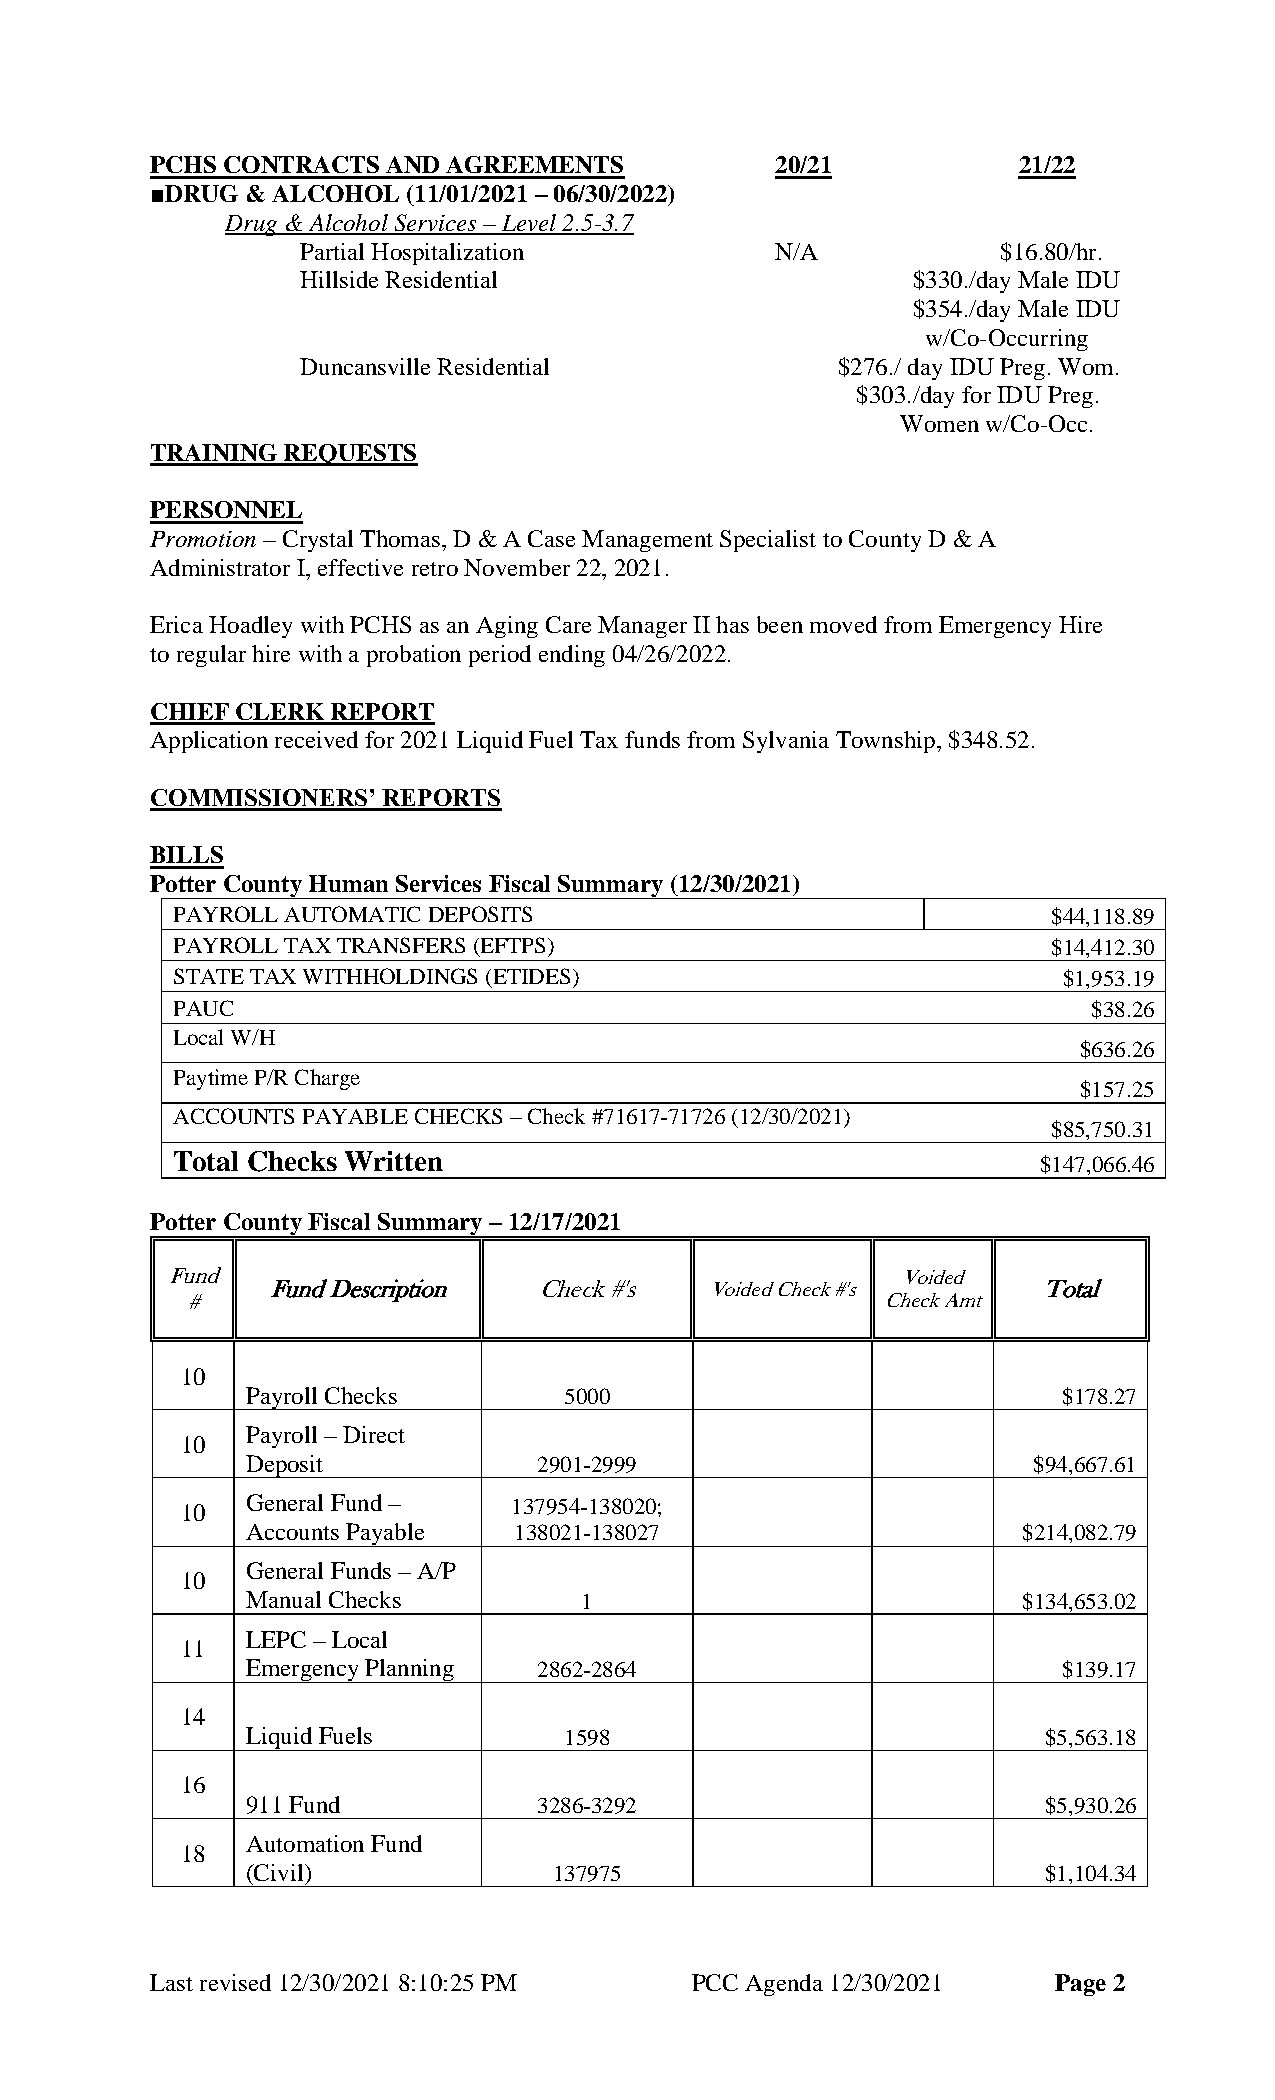
PCHS CONTRACTS  AND AGREEMENTS           20/21           21/22
 ■DRUG & ALCOHOL  (11/01/2021 – 06/30/2022)
 Drug & Alcohol Services – Level 2.5-3.7
 Partial Hospitalization        N/A            $16.80/hr.
 Hillside Residential                    $330./day Male IDU
 $354./day Male IDU
 w/Co-Occurring
 Duncansville Residential           $276./ day IDU Preg. Wom.
 $303./day for IDU Preg.
 Women w/Co-Occ.
 TRAINING REQUESTS
 PERSONNEL
 Promotion – Crystal Thomas, D & A Case Management Specialist to County D & A
 Administrator I, effective retro November 22, 2021.
 Erica Hoadley with PCHS as an Aging Care Manager II has been moved from Emergency Hire
 to regular hire with a probation period ending 04/26/2022.
 CHIEF CLERK REPORT
 Application received for 2021 Liquid Fuel Tax funds from Sylvania Township, $348.52.
 COMMISSIONERS’ REPORTS
 BILLS
 Potter County Human Services Fiscal Summary (12/30/2021)
 PAYROLL AUTOMATIC DEPOSITS                                 $44,118.89
 PAYROLL TAX TRANSFERS (EFTPS)                              $14,412.30
 STATE TAX WITHHOLDINGS (ETIDES)                            $1,953.19
 PAUC                                                         $38.26
 Local W/H
 $636.26
 Paytime P/R Charge
 $157.25
 ACCOUNTS PAYABLE CHECKS – Check #71617-71726 (12/30/2021)
 $85,750.31
 Total Checks Written
 $147,066.46
 Potter County Fiscal Summary – 12/17/2021
 Fund                                             Voided
 Fund Description  Check #'s  Voided Check #'s      Total
 #                                              Check Amt
 10
 Payroll Checks       5000                             $178.27
 Payroll – Direct
 10
 Deposit             2901-2999                       $94,667.61
 10  General Fund –    137954-138020;
 Accounts Payable  138021-138027                     $214,082.79
 General Funds – A/P
 10
 Manual Checks         1                             $134,653.02
 LEPC – Local
 11
 Emergency Planning  2862-2864                         $139.17
 14
 Liquid Fuels         1598                            $5,563.18
 16
 911 Fund            3286-3292                        $5,930.26
 Automation Fund
 18
 (Civil)              137975                          $1,104.34
 Last revised 12/30/2021 8:10:25 PM  PCC Agenda 12/30/2021   Page 2